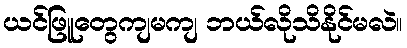
ယင်ဖြူတွေကျမကျ ဘယ်လိုသိနိုင်မလဲ။